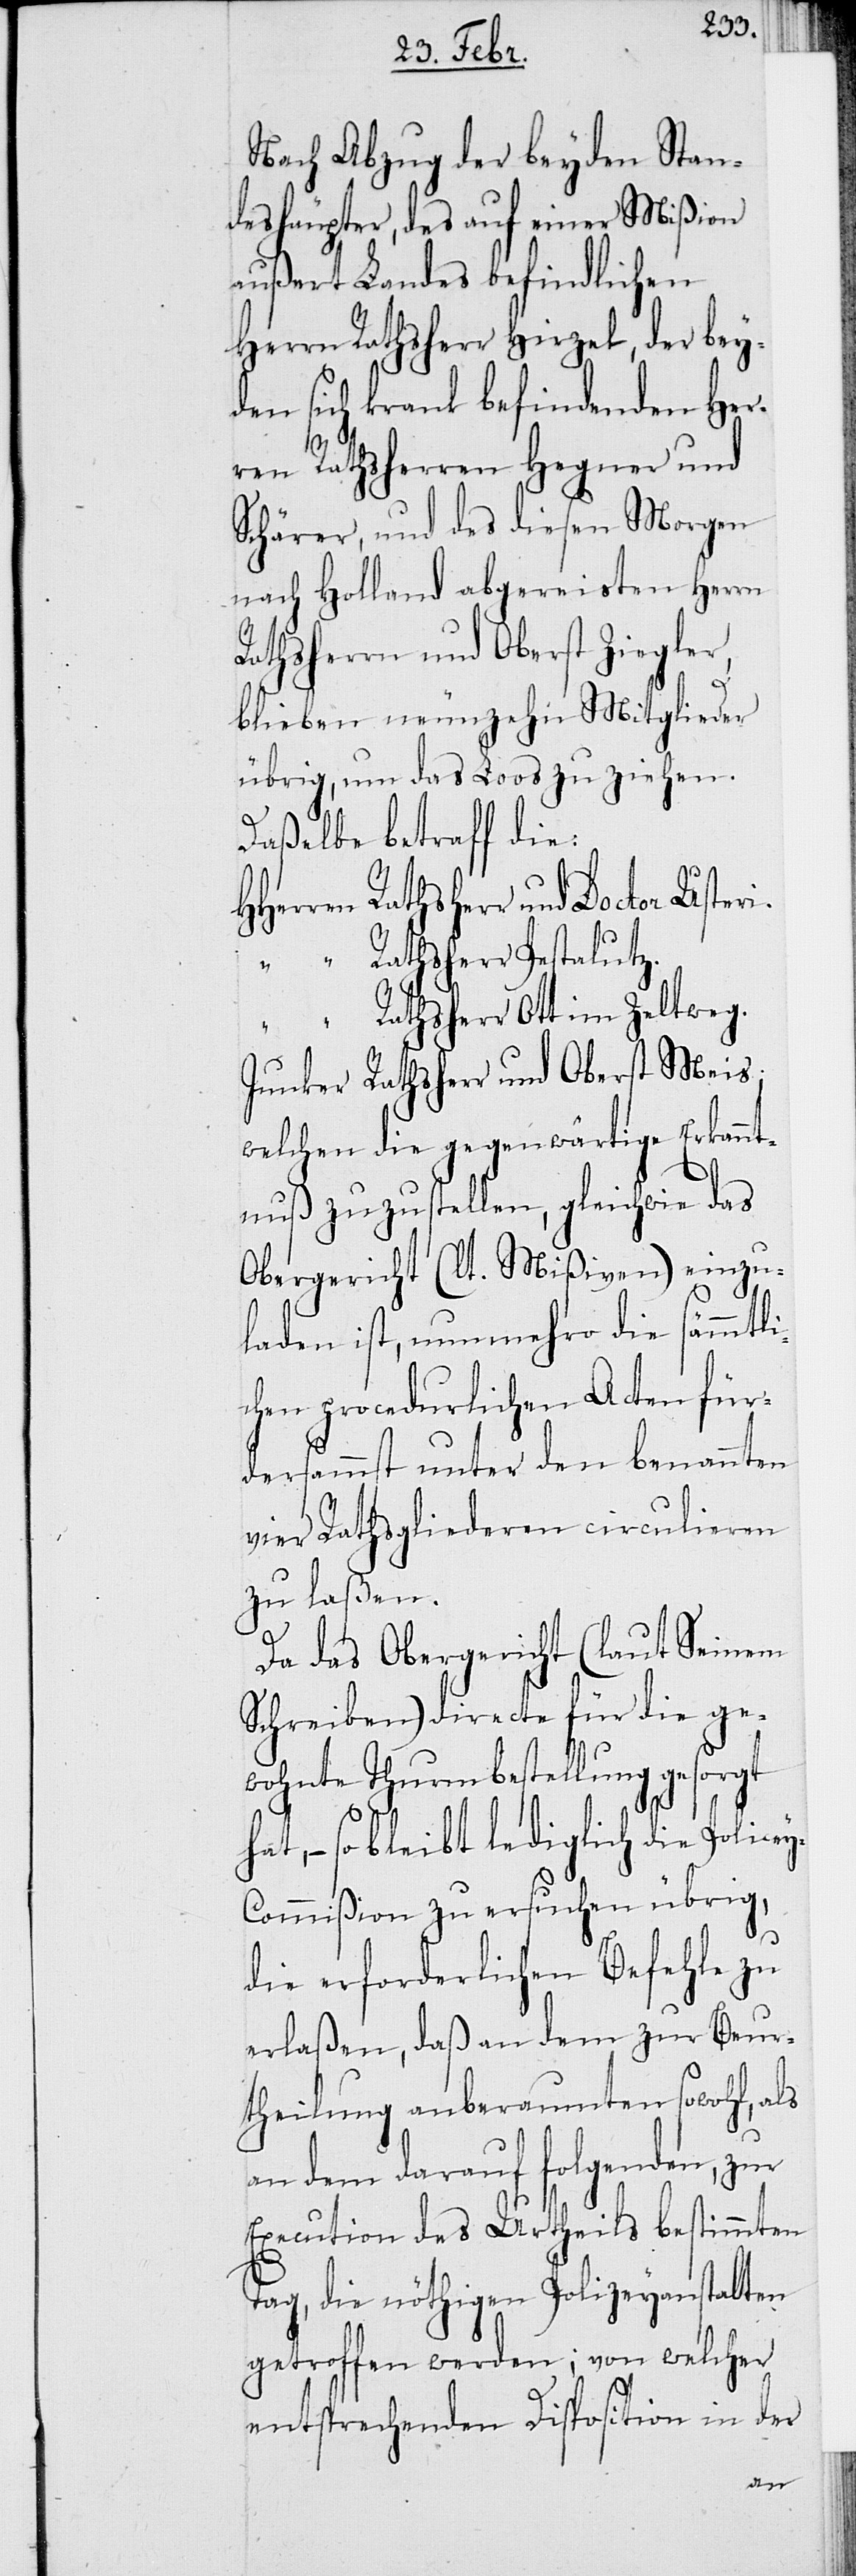
Nach Abzug der beyden Stan¬
deshäupter, des auf einer Mißion
außert Landes befindlichen
Herrn Rathsherr Hirzel, der bey¬
den sich krank befindenden Her¬
ren Rathsherren Hegner und
Schärer, und des diesen Morgen
nach Holland abgereisten Herrn
Rathsherr und Oberst Ziegler,
ey-C¬
bleiben neunzehn Mitglieder
übrig, um das Loos zu ziehen.
Daßelbe betraff die:
Herren Rathsherr und Doctor
“ “ Rathsherr Pestalutz.
Rathsherr Ott im Zeltweg.
Junker Rathsherr und Oberst Meis;
welchem die gegenwärtige Erkannt¬
nuß zuzustellen, gleichwie das
Obergericht (lt. Mißiven) einzu¬
laden ist, nunmehro die sämmtli¬
chen procedurlichen Acten für
dersammt unter den benannten
vier Rathsgliederen circulieren
zu laßen.
Da das Obergericht (laut Seinem
Schreiben) directe für die ge¬
wohnte Thurmbestellung gesorgt
hat, – so bleibt lediglich die Polic¬
ommißion zu ersuchen übrig,
die erforderlichen Befehle zu
erlaßen, daß an dem zur Beur¬
theilung anberaumten sowohl, als
an dem darauf folgenden, zur
Execution des Urtheils bestimmten
Tag, die nöthigen Polizeyanstalten
getroffen werden; von welcher
entsprechenden Disposition in der